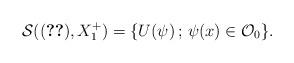
LaTeX: \begin{align*} {\mathcal S}((\ref{6.0.1}),X_1^+) = \{U(\psi) \,;\, \psi(x) \in {\mathcal O}_0 \}.\end{align*}